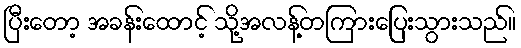
ပြီးတော့ အခန်းထောင့် သို့အလန့်တကြားပြေးသွားသည်။